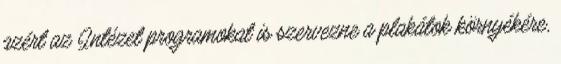
azért az Intézet programokat is szervezne a plakátok környékére,